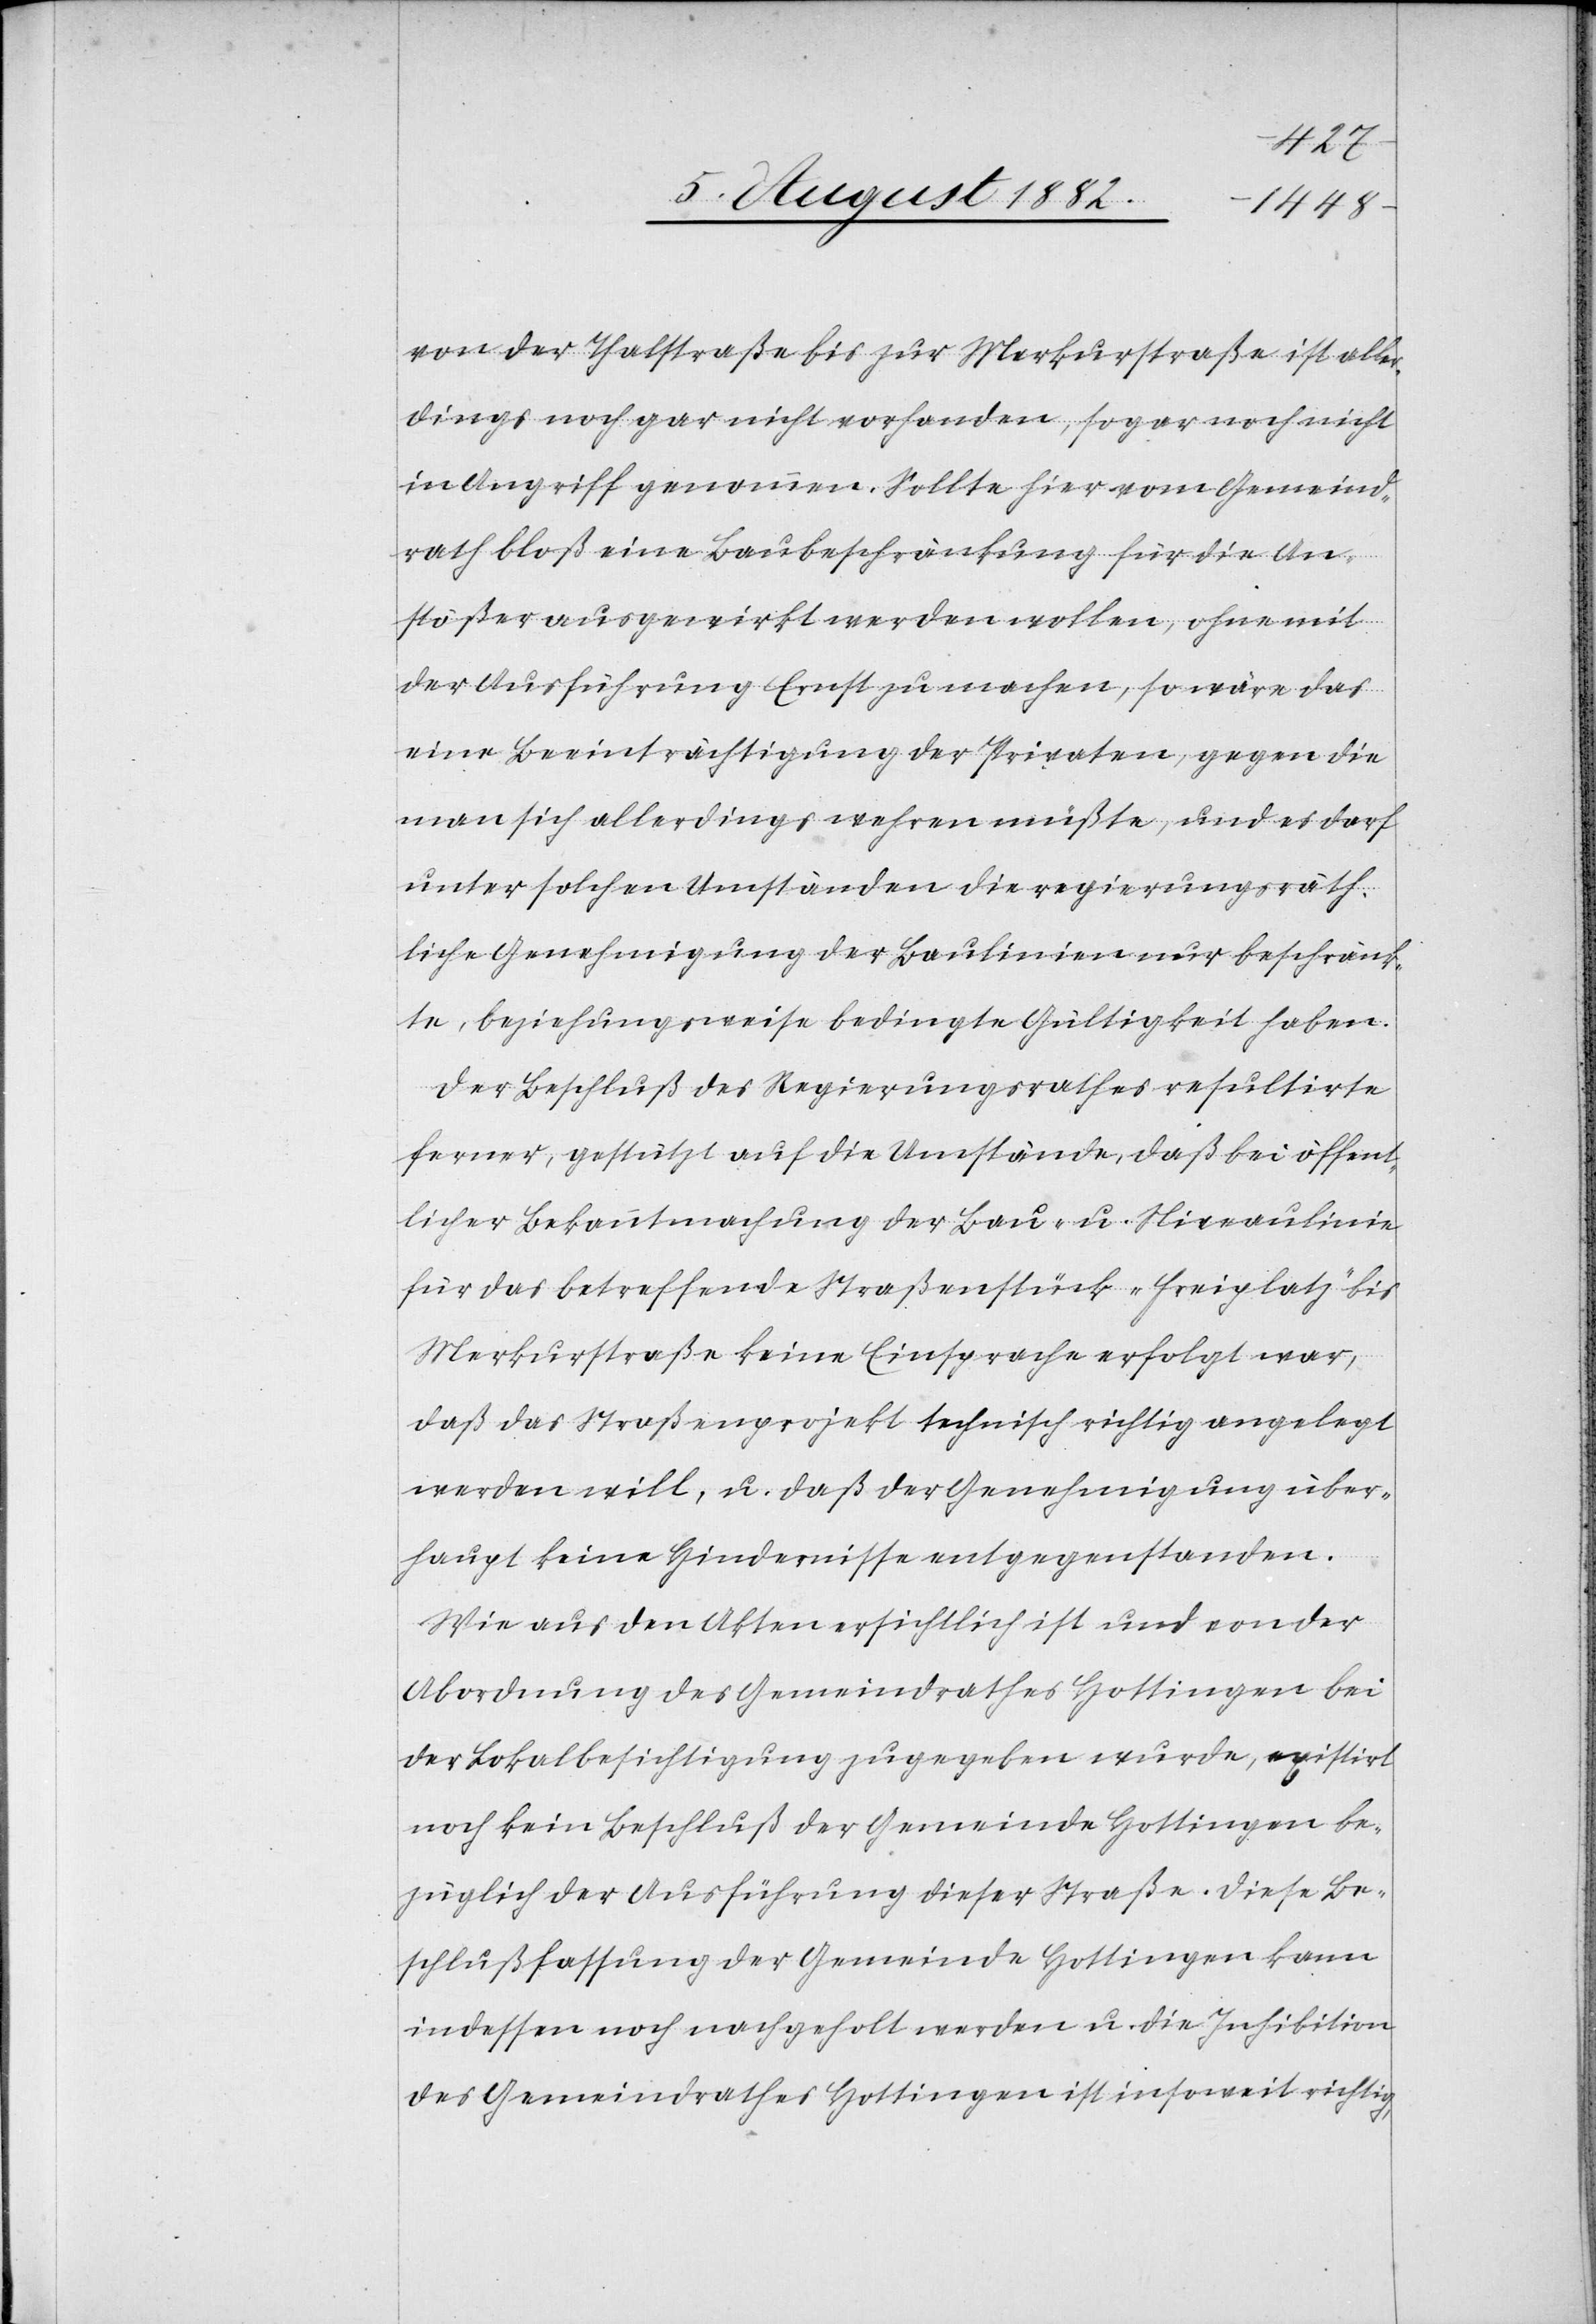
von der Thalstraße bis zur Merkurstraße ist aller¬
dings noch gar nicht vorhanden, sogar noch nicht
in Angriff genommen. Sollte hier vom Gemeind¬
rath bloß eine Baubeschränkung für die An¬
stößer ausgewirkt werden wollen, ohne mit
der Ausführung Ernst zu machen, so wäre das
eine Beeinträchtigung der Privaten, gegen die
man sich allerdings wehren müßte, und es darf
unter solchen Umständen die regierungsräth¬
liche Genehmigung der Baulinien nur beschränk¬
te, beziehungsweise bedingte Gültigkeit haben.
Der Beschluß des Regierungsrathes resultirte
ferner, gestützt auf die Umstände, daß bei öffent¬
licher Bekanntmachung der Bau- & Niveaulinie
für das betreffende Straßenstück „Freiplatz“ bis
Merkurstraße keine Einsprache erfolgt war,
daß das Straßenprojekt technisch richtig angelegt
werden will, u. daß der Genehmigung über¬
haupt keine Hindernisse entgegenstanden.
Wie aus den Akten ersichtlich ist und von der
Abordnung des Gemeindrathes Hottingen bei
der Lokalbesichtigung zugegeben wurde, existirt
noch kein Beschluß der Gemeinde Hottingen be¬
züglich der Ausführung dieser Straße. Diese Be¬
schlußfassung der Gemeinde Hottingen kann
indessen noch nachgeholt werden u. die Inhibition
des Gemeindrathes Hottingen ist insoweit richtig,